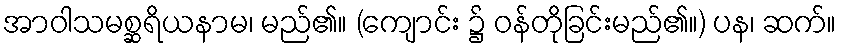
အာဝါသမစ္ဆရိယနာမ၊ မည်၏။ (ကျောင်း ၌ ဝန်တိုခြင်းမည်၏။) ပန၊ ဆက်။